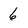
Character: 6